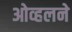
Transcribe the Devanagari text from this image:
ओव्हलने